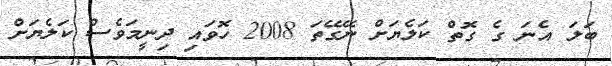
ބަލަ އެނަ ގެ ގޮތް ކަލެޔަށް ނޭގޭތަ 2008 ހޮވައި ދިނީމަވެސް ކަލެޔަށް